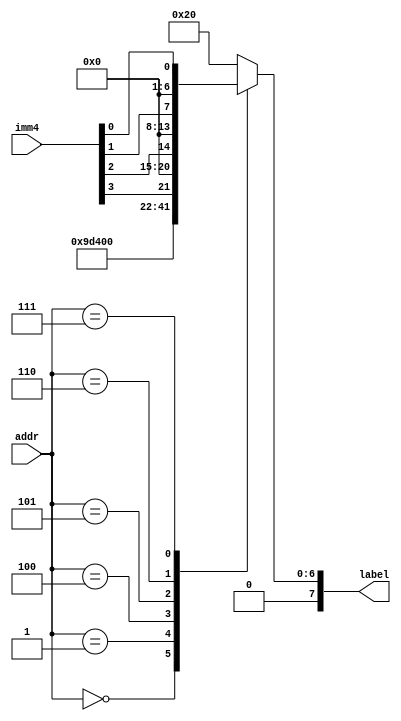
module np_rom (
	input [4:0] addr,
	input [3:0] imm4,
	output reg [7:0] label
	);
	
	always @(*)
		case (addr)
			0: label = "N";
			1: label = "P";
			4: label = imm4[3];
			5: label = imm4[2];
			6: label = imm4[1];
			7: label = imm4[0];
			default: label = " ";
		endcase
	
endmodule